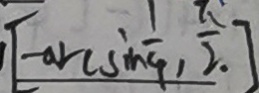
、 [ - \arcsin \frac { 1 } { 4 } , \frac { \pi } { 2 } . ]